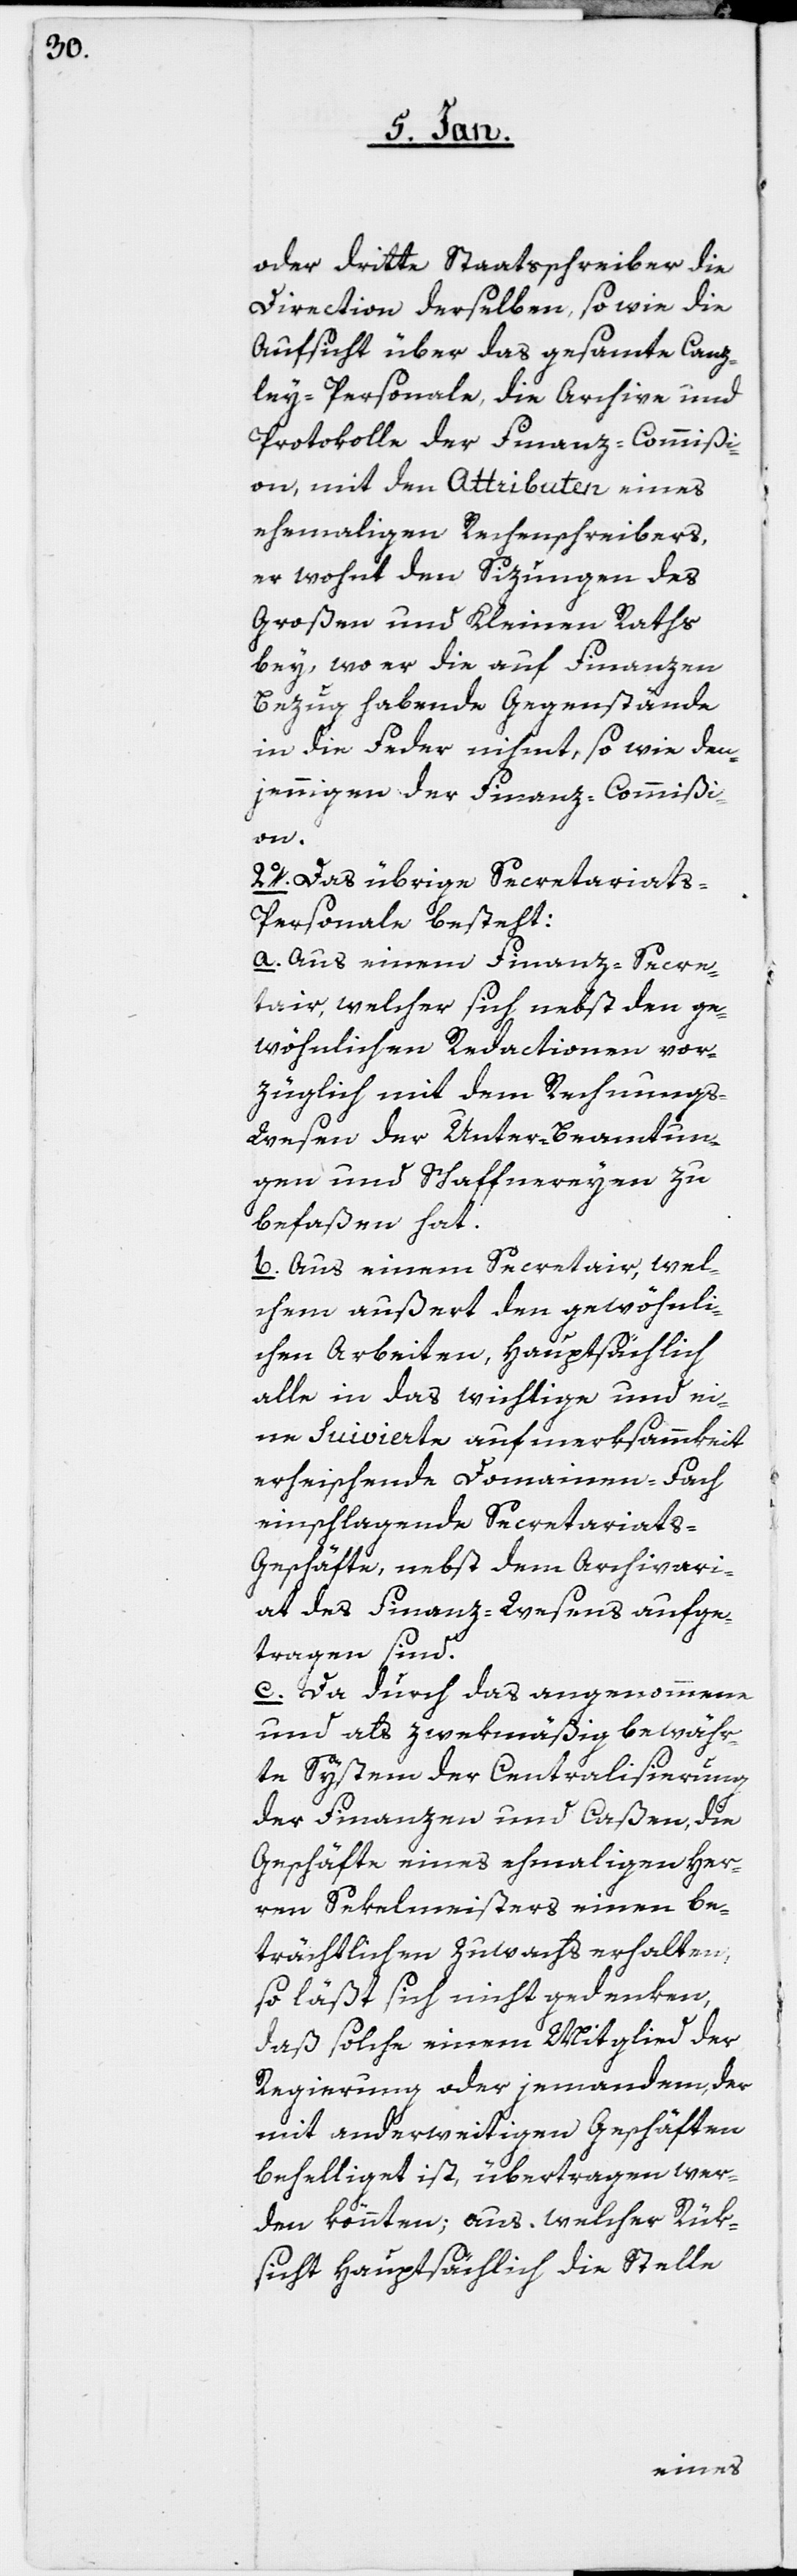
oder dritte Staatsschreiber die
Direction derselben, sowie die
Aufsicht über das gesamte Canz¬
ley-Personale, die Archive und
Protokolle der Finanz-Commißi¬
on, mit den Attributen eines
ehemaligen Rechenschreibers,
er wohnt den Sizungen des
Großen und Kleinen Raths
bey, wo er die auf Finanzen
Bezug habende Gegenstände
in die Feder nihmt, sowie den¬
jenigen der Finanz-Commißi¬
on.
2o. Das übrige Secretariats-P¬
ersonale besteht:
a. Aus einem Finanz-Secre¬
tair, welcher sich nebst den ge¬
wöhnlichen Redactionen vor¬
züglich mit dem Rechnungs-W¬
esen der Unter-Beamtun¬
gen und Schaffnereyen zu
befaßen hat.
b. Aus einem Secretair, wel¬
chem außert den gewöhnli¬
chen Arbeiten, hauptsächlich
alle in das wichtige und ei¬
ne suivierte aufmerksammkeit
erheischende Domainen-Fach
einschlagende Secretariats-G¬
eschäfte, nebst dem Archivari¬
at des Finanz-Wesens aufge¬
tragen sind.
c. Da durch das angenommene
und als zwekmäßig bewähr¬
te System der Centralisierung
der Finanzen und Caßen, die
Geschäfte eines ehemaligen Her¬
ren Sekelmeisters einen be¬
trächtlichen Zuwachs erhalten,
so läßt sich nicht gedenken,
daß solche einem Mitglied der
Regierung oder jemandem, der
mit anderweitigen Geschäften
behelliget ist, übertragen wer¬
den könnten; aus welcher Rük¬
sicht hauptsächlich die Stelle